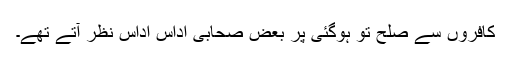
کافروں سے صلح تو ہوگئی پر بعض صحابی اداس اداس نظر آتے تھے۔